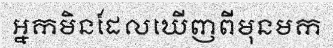
អ្នកមិនដែលឃើញពីមុនមក